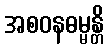
အစဝနဓမ္မန္တိ